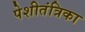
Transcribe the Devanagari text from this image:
पेशीतंत्रिका